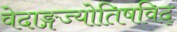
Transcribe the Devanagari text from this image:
वेदाङ्गज्याेतिषविद्